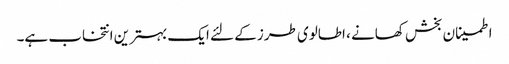
اطمینان بخش کھانے ، اطالوی طرز کے لئے ایک بہترین انتخاب ہے۔